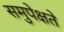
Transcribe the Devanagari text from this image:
समुपेक्षते